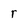
Character: r